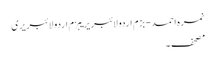
نمرہ احمد - بزم اردو لائبریریبزم اردو لائبریری
مصحف ۔